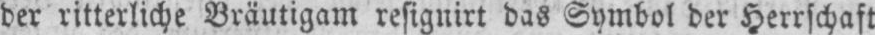
der ritterliche Bräutigam resignirt das Symbol der Herrschaft